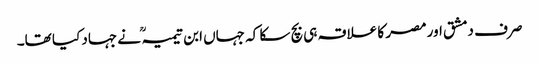
صرف دمشق اور مصر کا علاقہ ہی بچ سکا کہ جہاں ابن تیمیہ ؒ نے جہاد کیا تھا۔